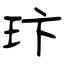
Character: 玣